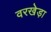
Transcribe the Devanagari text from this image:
वरखेड़ा